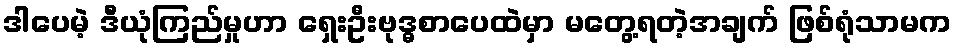
ဒါပေမဲ့ ဒီယုံကြည်မှုဟာ ရှေးဦးဗုဒ္ဓစာပေထဲမှာ မတွေ့ရတဲ့အချက် ဖြစ်ရုံသာမက